Malaria in the Duars
Disease focus: Malaria
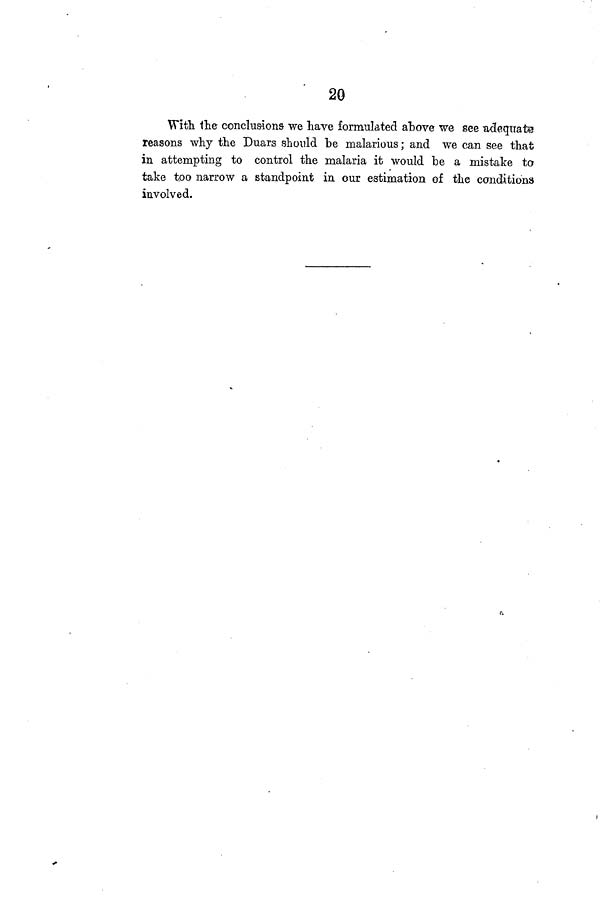
20
With the conclusions we have formulated above we see adequate
reasons why the Duars should be malarious; and we can see that
in attempting to control the malaria it would be a mistake to
take too narrow a standpoint in our estimation of the conditions
involved.